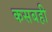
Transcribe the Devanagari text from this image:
कसबही